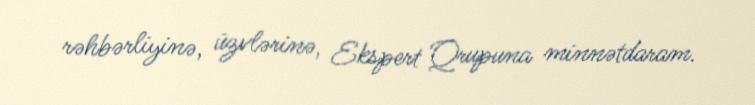
rəhbərliyinə, üzvlərinə, Ekspert Qrupuna minnətdaram.